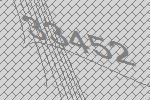
33452